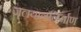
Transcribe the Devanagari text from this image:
जलयाननिर्माण